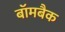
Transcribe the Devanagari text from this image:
बॉमबैक